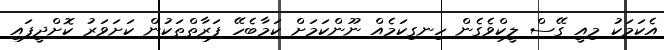
އެކަމަކު މިއީ ގޭސް ލީކްވެގެން ހިނގިކަމެއް ނޫންކަމަށް ކަމާބެހޭ ފަރާތްތަކުން ކަށަވަރު ކޮށްދީފައި